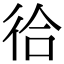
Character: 㣛